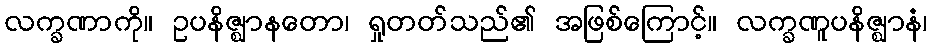
လက္ခဏာကို။ ဥပနိဇ္ဈာနတော၊ ရှုတတ်သည်၏ အဖြစ်ကြောင့်။ လက္ခဏူပနိဇ္ဈာနံ၊